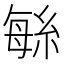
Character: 䋣